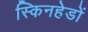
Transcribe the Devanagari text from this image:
स्किनहेडों